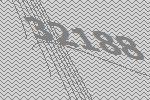
32188